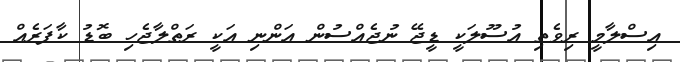
އިސްލާމީ ރިވެތި އުސޫލަކީ ޑީޖޭ ނުޖެއްސުން އަންނި އަކީ ރަތްލާޖެހި ބޮޑު ކާފަރެއް